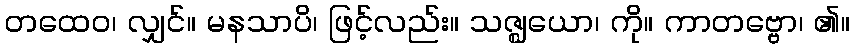
တထေဝ၊ လျှင်။ မနသာပိ၊ ဖြင့်လည်း။ သဇ္ဈယော၊ ကို။ ကာတဗ္ဗော၊ ၏။